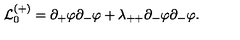
{ \cal L } _ { 0 } ^ { ( + ) } = \partial _ { + } \varphi \partial _ { - } \varphi + \lambda _ { + + } \partial _ { - } \varphi \partial _ { - } \varphi .